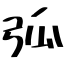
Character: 弧